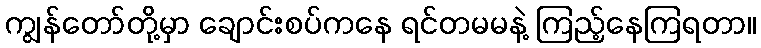
ကျွန်တော်တို့မှာ ချောင်းစပ်ကနေ ရင်တမမနဲ့ ကြည့်နေကြရတာ။